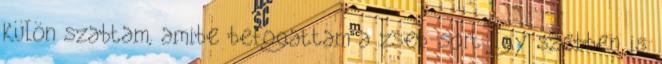
külön szabtam, amibe befogattam a zseb-sort. Így szebben is